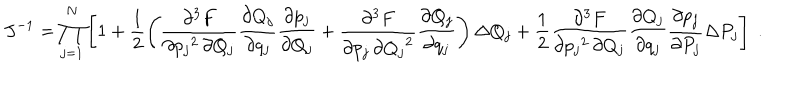
J ^ { - 1 } = \prod _ { j = 1 } ^ { N } \left[ 1 + \frac { 1 } { 2 } \left( \frac { \partial ^ { 3 } F } { \partial { p _ { j } } ^ { 2 } \, \partial Q _ { j } } \frac { \partial Q _ { j } } { \partial q _ { j } } \frac { \partial p _ { j } } { \partial Q _ { j } } + \frac { \partial ^ { 3 } F } { \partial p _ { j } \, \partial { Q _ { j } } ^ { 2 } } \frac { \partial Q _ { j } } { \partial q _ { j } } \right) \Delta Q _ { j } + \frac { 1 } { 2 } \frac { \partial ^ { 3 } F } { \partial { p _ { j } } ^ { 2 } \, \partial Q _ { j } } \frac { \partial Q _ { j } } { \partial q _ { j } } \frac { \partial p _ { j } } { \partial P _ { j } } \Delta P _ { j } \right] \; .